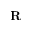
\mathbf { R }